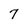
Character: 7